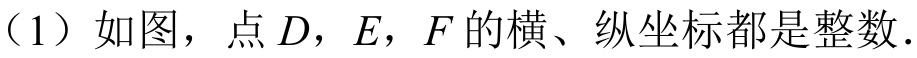
（1）如图，点\(D\)，\(E\)，\(F\)的横、纵坐标都是整数.